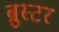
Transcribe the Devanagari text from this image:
ब्रुस्टर